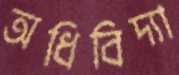
অধিবিদ্যা